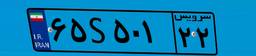
۲۸S۸۹۶۰۴